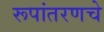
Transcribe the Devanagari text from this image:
रूपांतरणचे